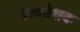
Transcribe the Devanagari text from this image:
३३०प्रेक्षक